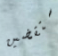
ستقضين